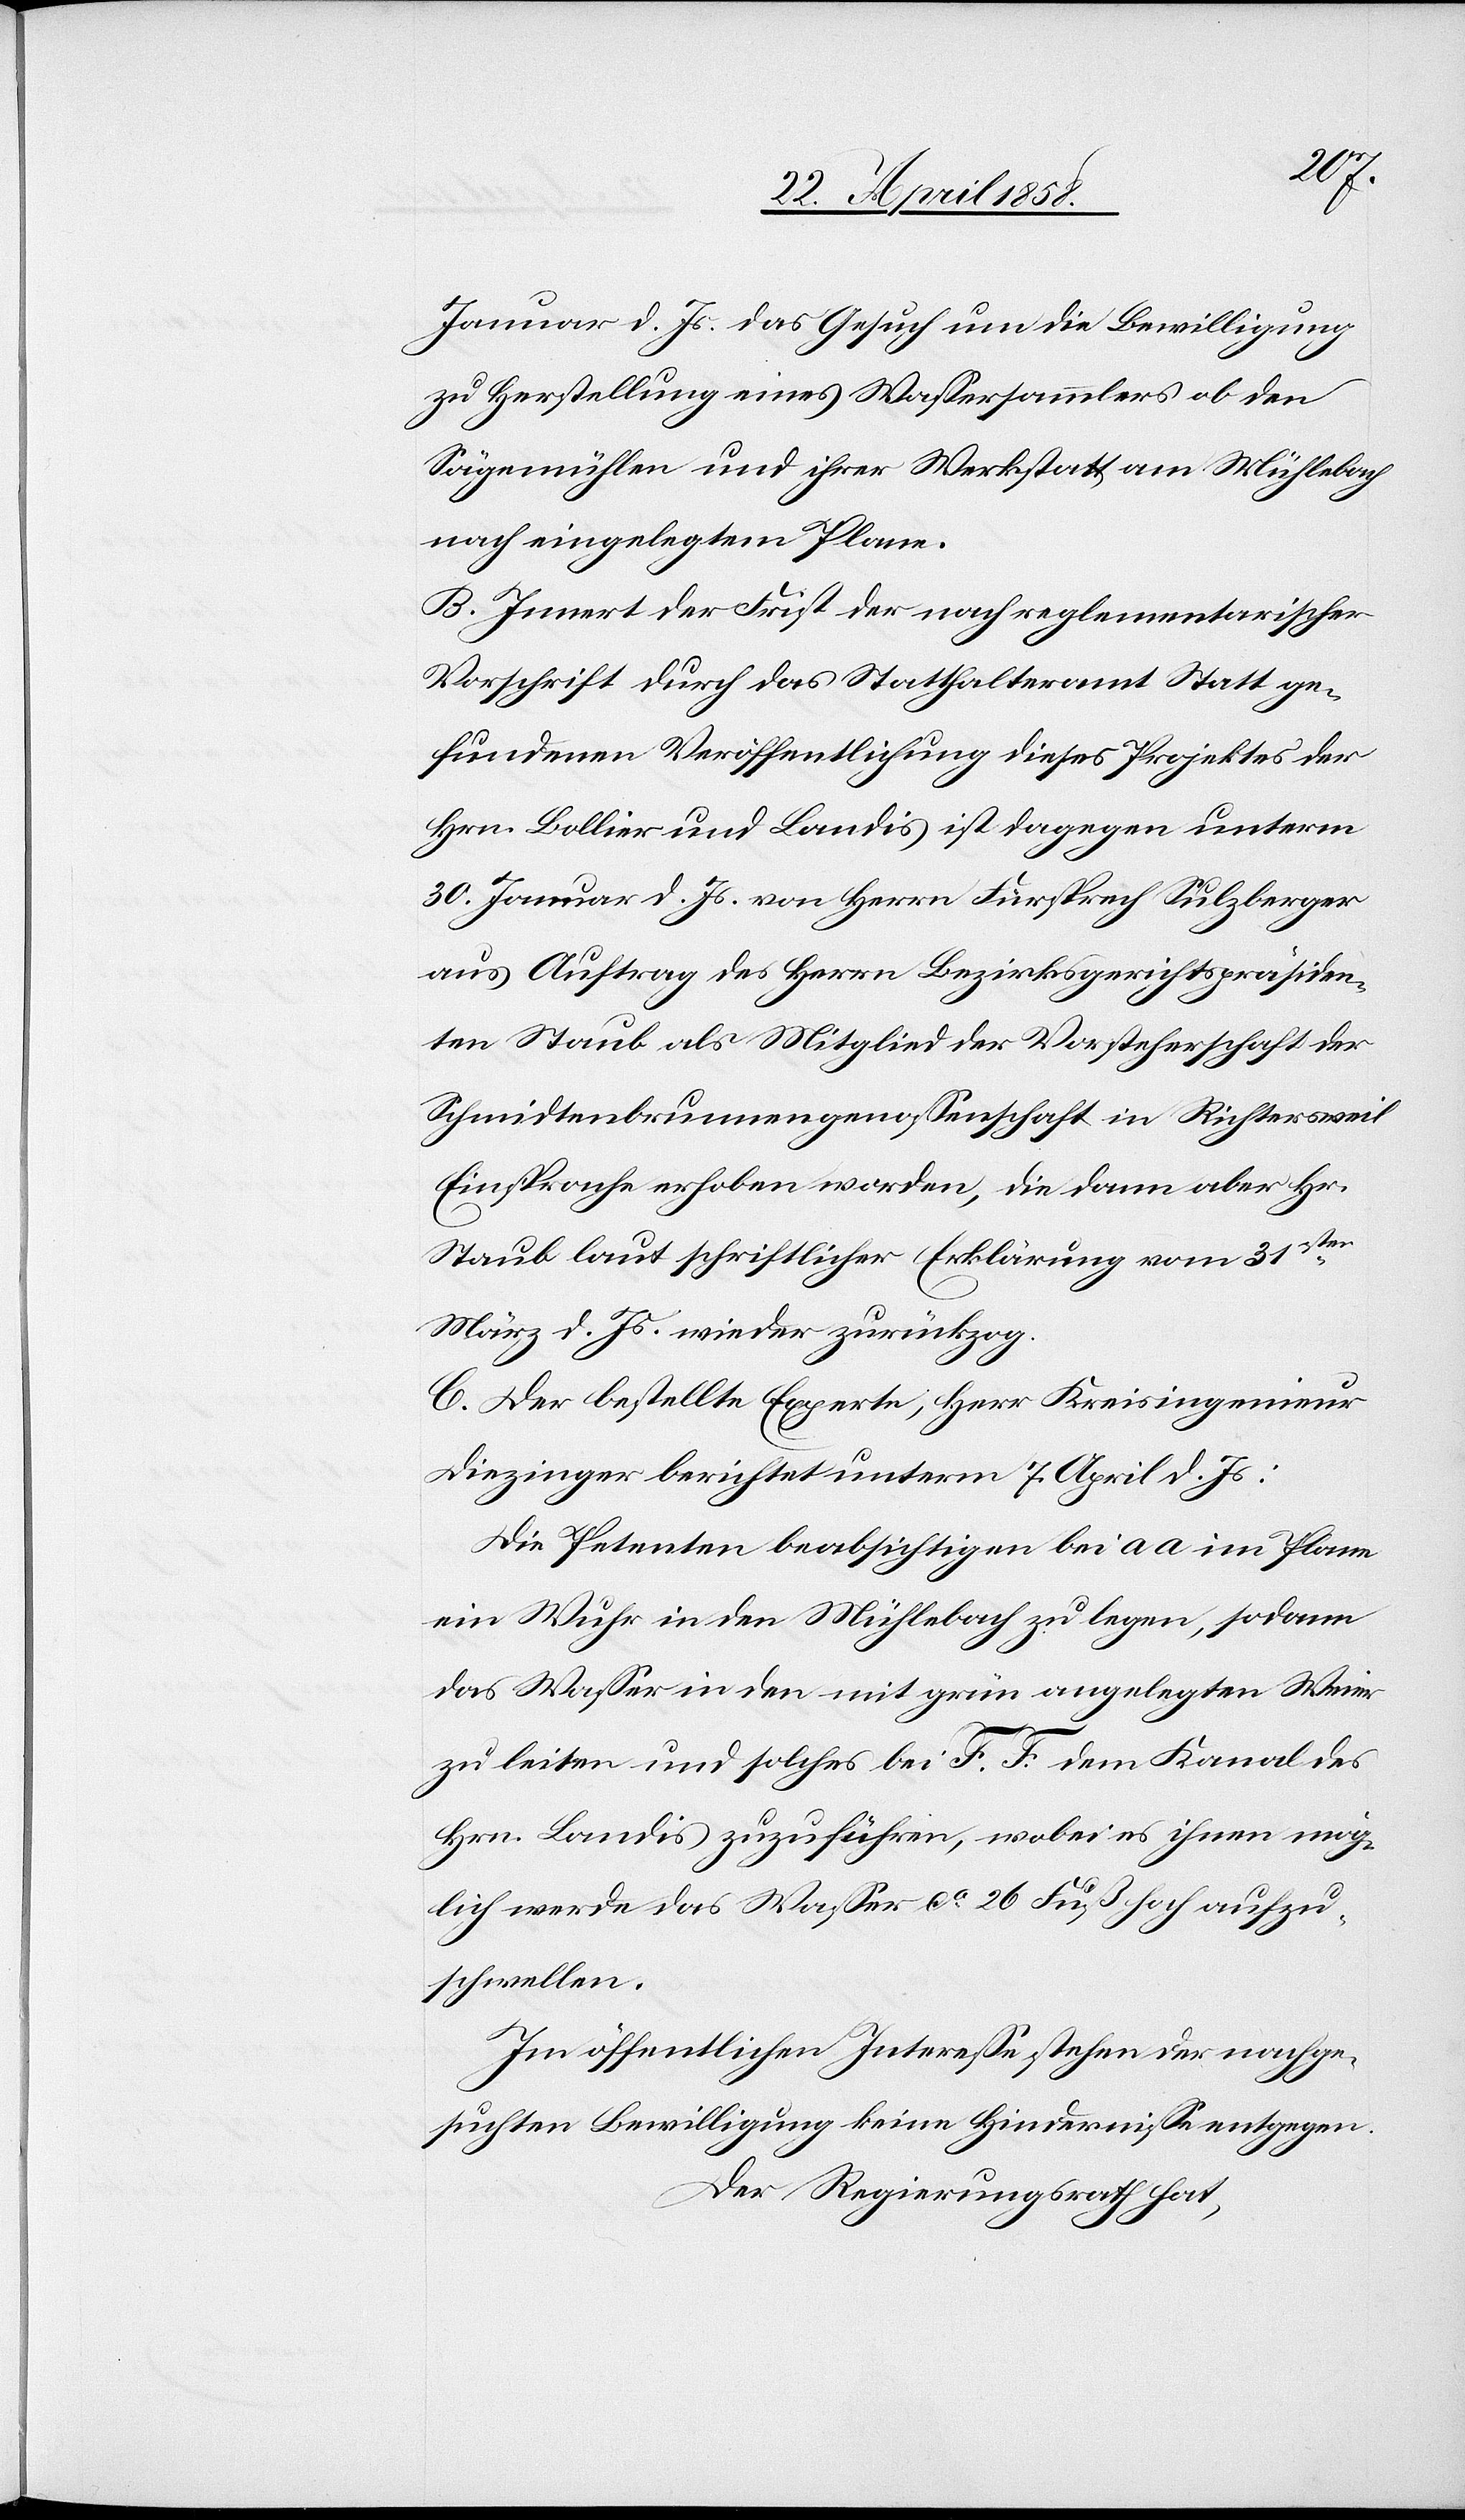
Januar d. Js. das Gesuch um die Bewilligung
zu Herstellung eines Wassersammlers ob den
Sägemühlen und ihrer Werkstatt am Mühlebach
nach eingelegtem Plane.
B. Innert der Frist der nach reglementarischer
Vorschrift durch das Statthalteramt Statt ge¬
fundenen Veröffentlichung dieses Projektes der
Hrn. Bollier und Landis ist dagegen unterm
30. Januar d. Js. von Herrn Fürsprech Sulzberger
aus Auftrag des Herrn Bezirksgerichtspräsiden¬
ten Staub als Mitglied der Vorsteherschaft der
Schmidtenbrunnengenossenschaft in Richtersweil
Einsprache erhoben worden, die dann aber Hr.
Staub laut schriftlicher Erklärung vom 31sten
März d. Js. wieder zurückzog.
C. Der bestellte Experte, Herr Kreisingenieur
Diezinger berichtet unterm 7. April d. Js:
Die Petenten beabsichtigen bei aa im Plane
ein Wuhr in den Mühlebach zu legen, sodann
das Wasser in den mit grün angelegten Weier
zu leiten und solches bei F. F. dem Kanal des
Hrn. Landis zuzuführen, wobei es ihnen mög¬
lich werde das Wasser ca 26 Fuß hoch aufzu¬
schwellen.
Im öffentlichen Interesse stehen der nachge¬
suchten Bewilligung keine Hindernisse entgegen.
Der Regierungsrath hat,